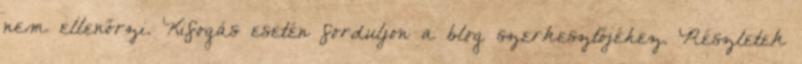
nem ellenőrzi. Kifogás esetén forduljon a blog szerkesztőjéhez. Részletek